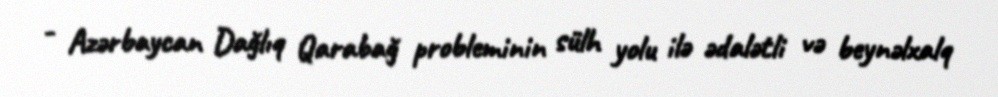
- Azərbaycan Dağlıq Qarabağ probleminin sülh yolu ilə ədalətli və beynəlxalq